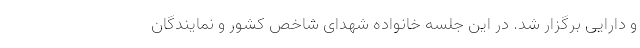
و دارایی برگزار شد. در این جلسه خانواده شهدای شاخص کشور و نمایندگان